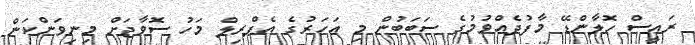
ރައީސް ހޮލާންޑޭ މާފުދެއްވުމުގެ ސަބަބުން މި އަހަރުގެ އެޕްރިލް މަހު ސޮވާޖަށް މިނިވަންކަން